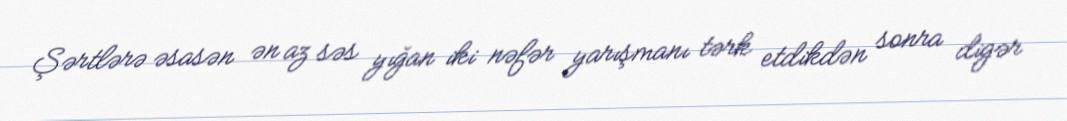
Şərtlərə əsasən ən az səs yığan iki nəfər yarışmanı tərk etdikdən sonra digər